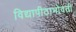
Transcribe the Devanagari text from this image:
विद्यापीठाभोवती